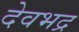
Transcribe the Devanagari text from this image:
देवभद्र